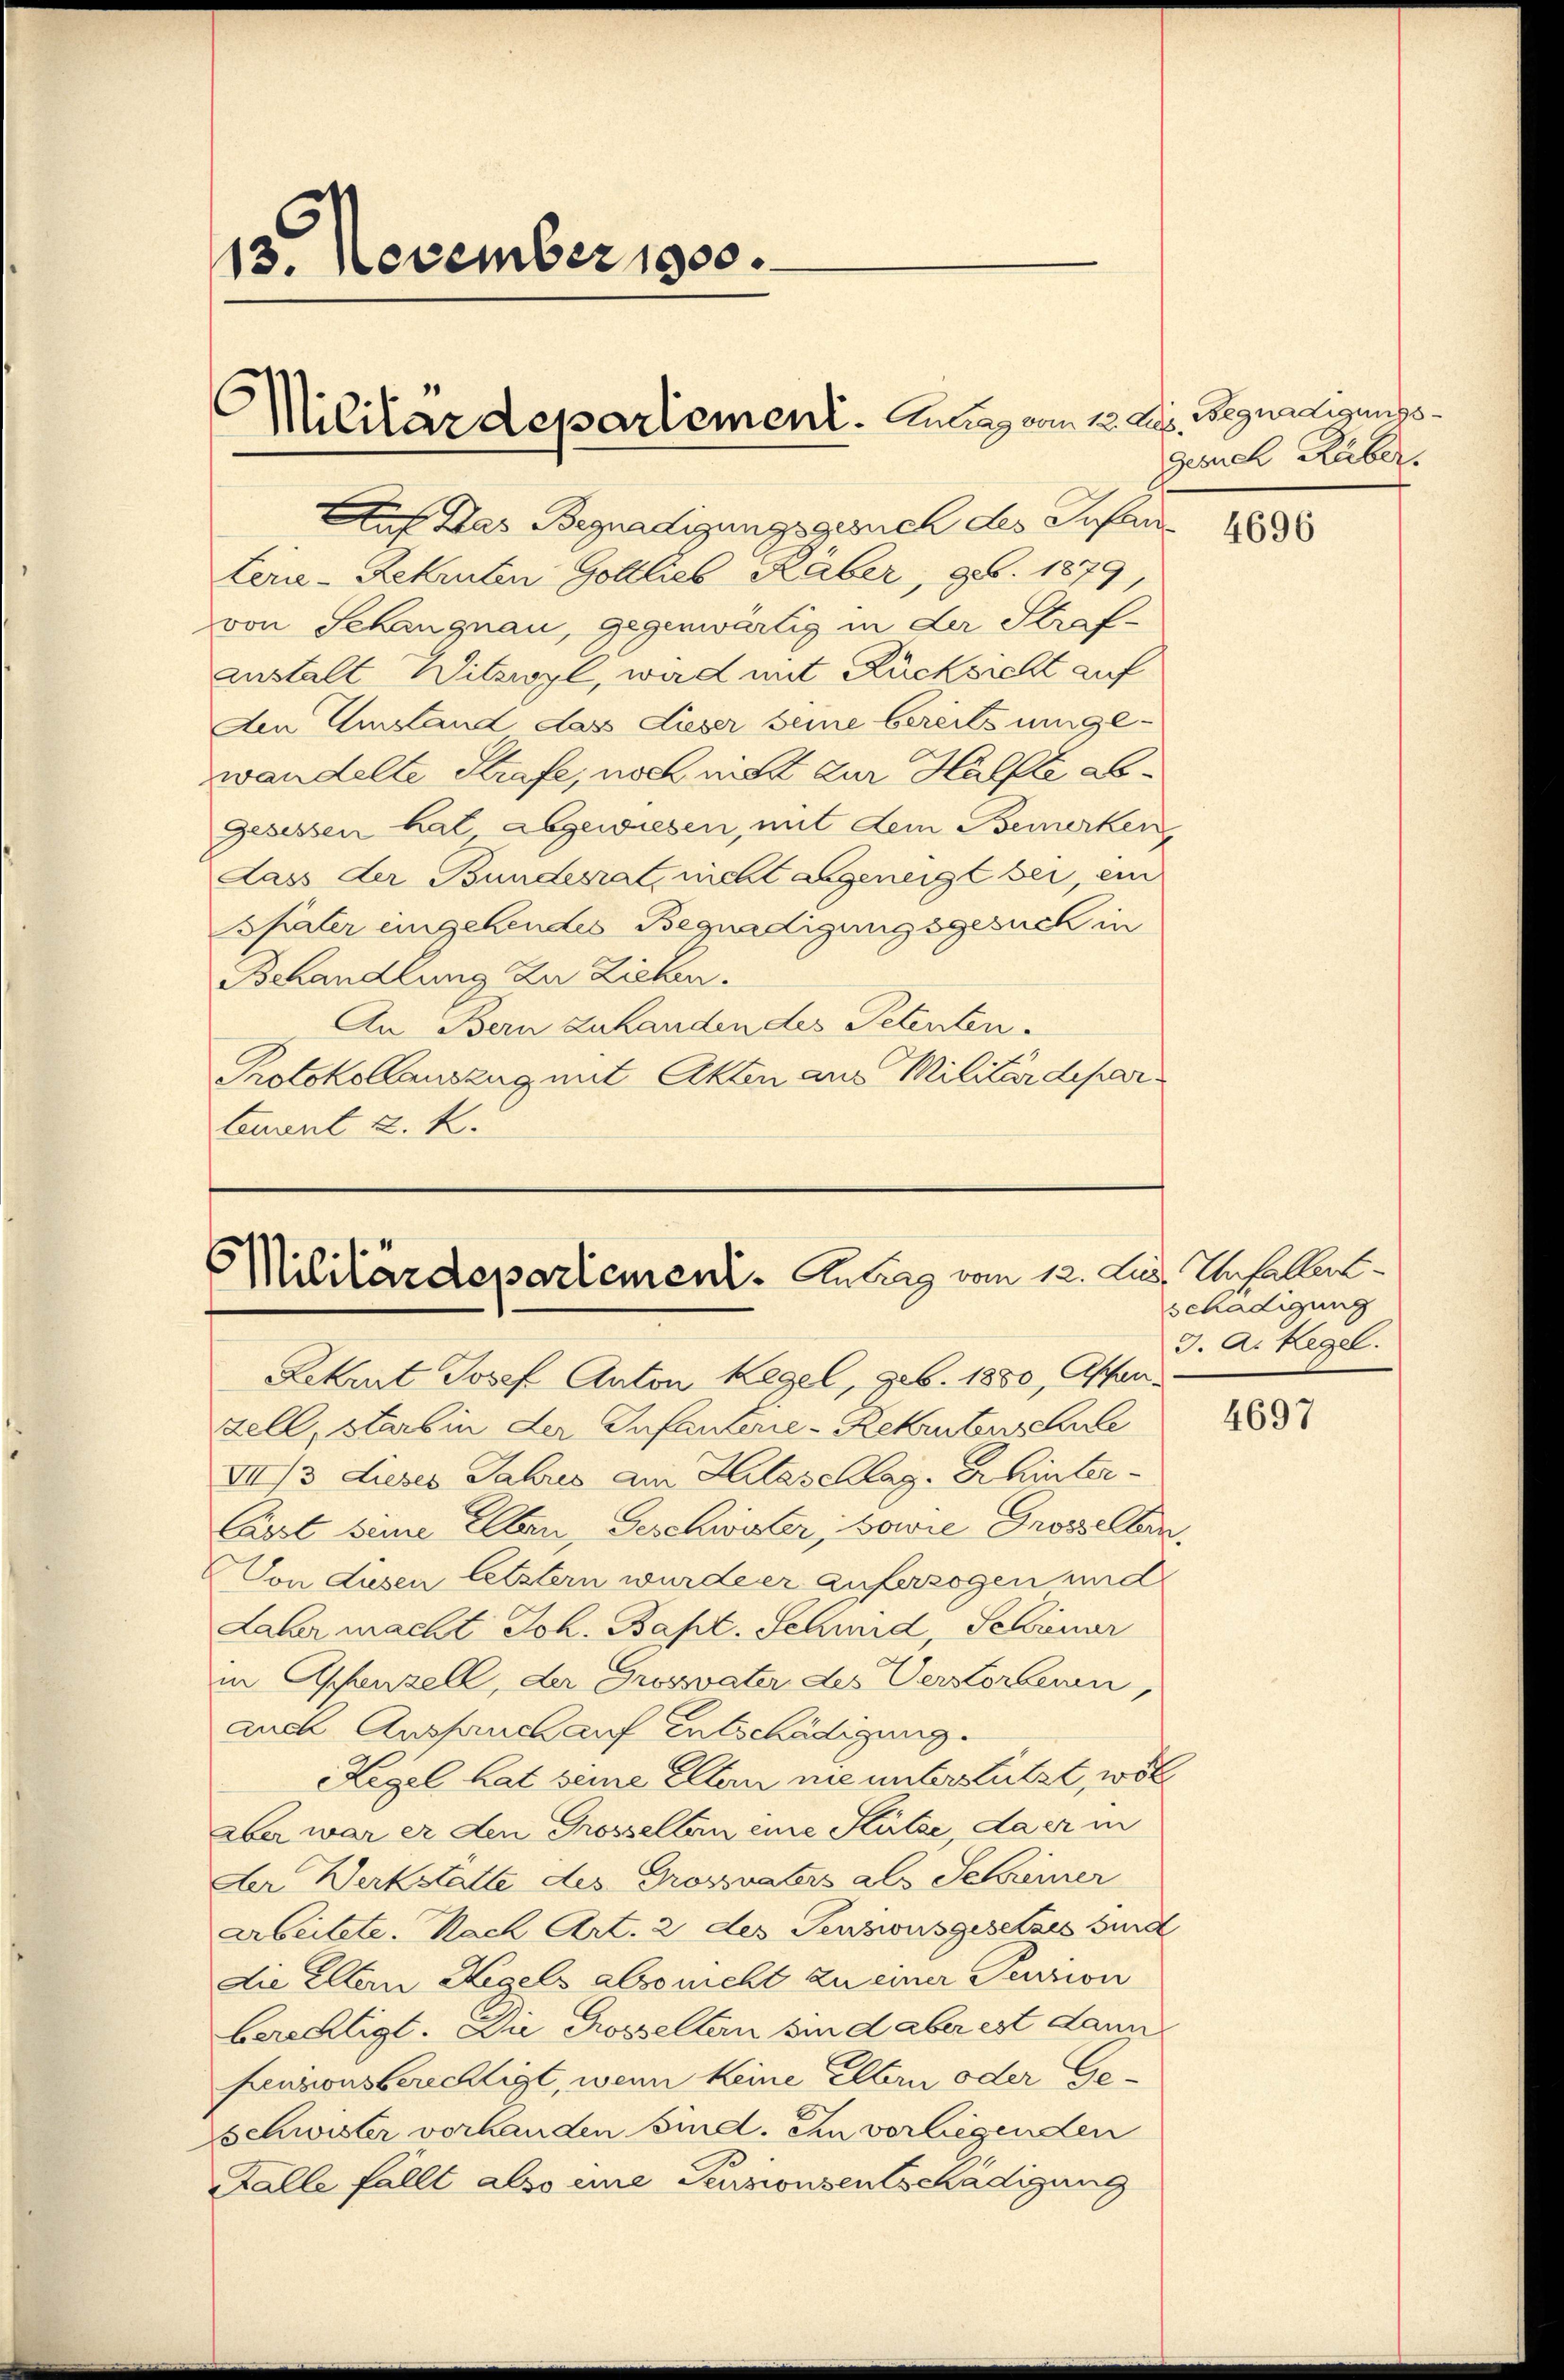
13. November 1900.

MMilitärdepartement. Gang vom 12. ds. Begnadigungs¬

Auf das Begnadigungsgesuch des Infan
Lerie-Rekruten Gottlieb Räber, 96. 1879,
von Schangnau, gegenwärtig in der Strafanstalt Witzwyl, wird mit Rücksicht auf
Aen Umstand das dieser seine bereits umgewandelte Strafe, noch nicht zur Hälfte abgesessen hat abgewiesen, mit dem Bemerken
dass der Bundesrat, nicht angeneigt bei, ein
spater eingehendes Begnadigungsgesuch in
Behandlung zu Ziehen.
An Bern zuhanden des Petenten-
Protokollauszug mit Akten aus Militärdepar¬
Cement k. k.

6
Militärdepartement. Antrag vom 12. Lus. Unfaller¬

gesuch Ruber.

Lekrut Josef Anton Kegel, geb. 1850, Assenzell, starb in der Infanterie-Rekruterschule
XII/3 dieses Jahres am Hitzschlag. Er hinter¬
Erst seine Ellen, Geschwister, sowie Grosselben,
Von Lusen letztern wurdeer auferzogen und
Laber macht Joh. Bapt. Schmid, Februar
in Appenzell, der Grossvater des Verstorbenen,
auch Anspruch auf Entschädigung
Kegel hat seine Eltern nie unterstützt, woll
aber war er den Grosselten eine Stütze, da er in
Der Werkstatte des Grossvaters als Schreiner
Arbeitete. Nach Art. 2 des Pensionsgesetzes sind
Die Eltern Regels also nicht zu einer Perion
berechtigt. Die Rosselten sind aber est dann
pensionsberichtigt, wenn keine Eltern oder Ge¬
Schwister vorhanden sind. Ein vorliegenden
Falle fällt also ime Pensionsentschädigung

4696

schädigung
J. A. Kegel.

4697